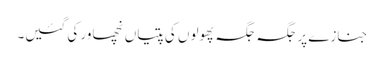
جنازے پر جگہ جگہ پھولوں کی پتیاں نچھاور کی گئیں۔